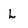
Character: L